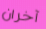
آخران